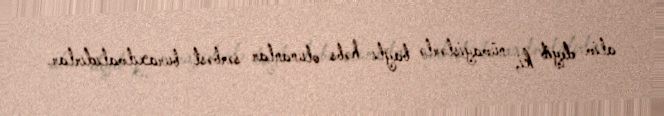
alim deyib ki, nümayişlərlə bağlı həbs olunanlar sərbəst buraxılmalıdırlar.